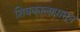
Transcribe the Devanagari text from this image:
शिवकालापासून